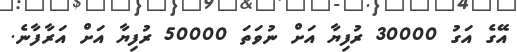
އޭގެ އަގު 30000 ރުފިޔާ އަށް ނުވަތަ 50000 ރުފިޔާ އަށް އަރާފާނެ.